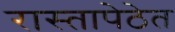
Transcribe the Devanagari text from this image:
रास्तापेठेत